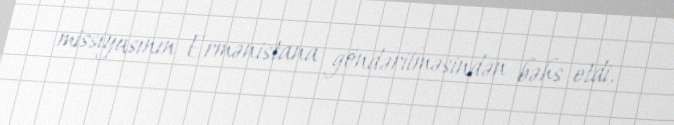
missiyasının Ermənistana göndərilməsindən bəhs etdi.